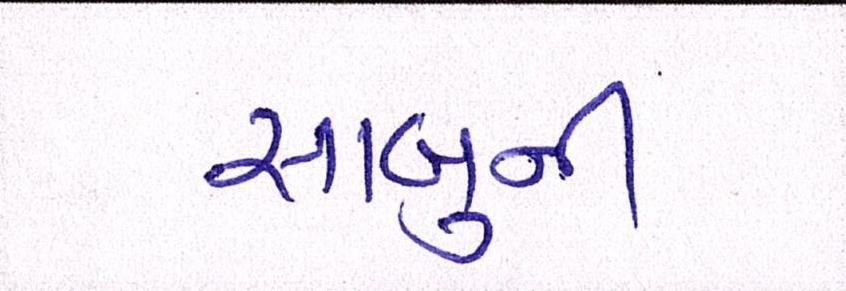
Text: સાબુની